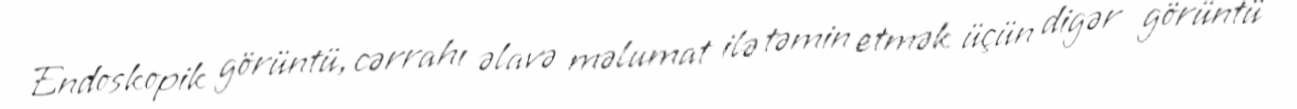
Endoskopik görüntü, cərrahı əlavə məlumat ilə təmin etmək üçün digər görüntü